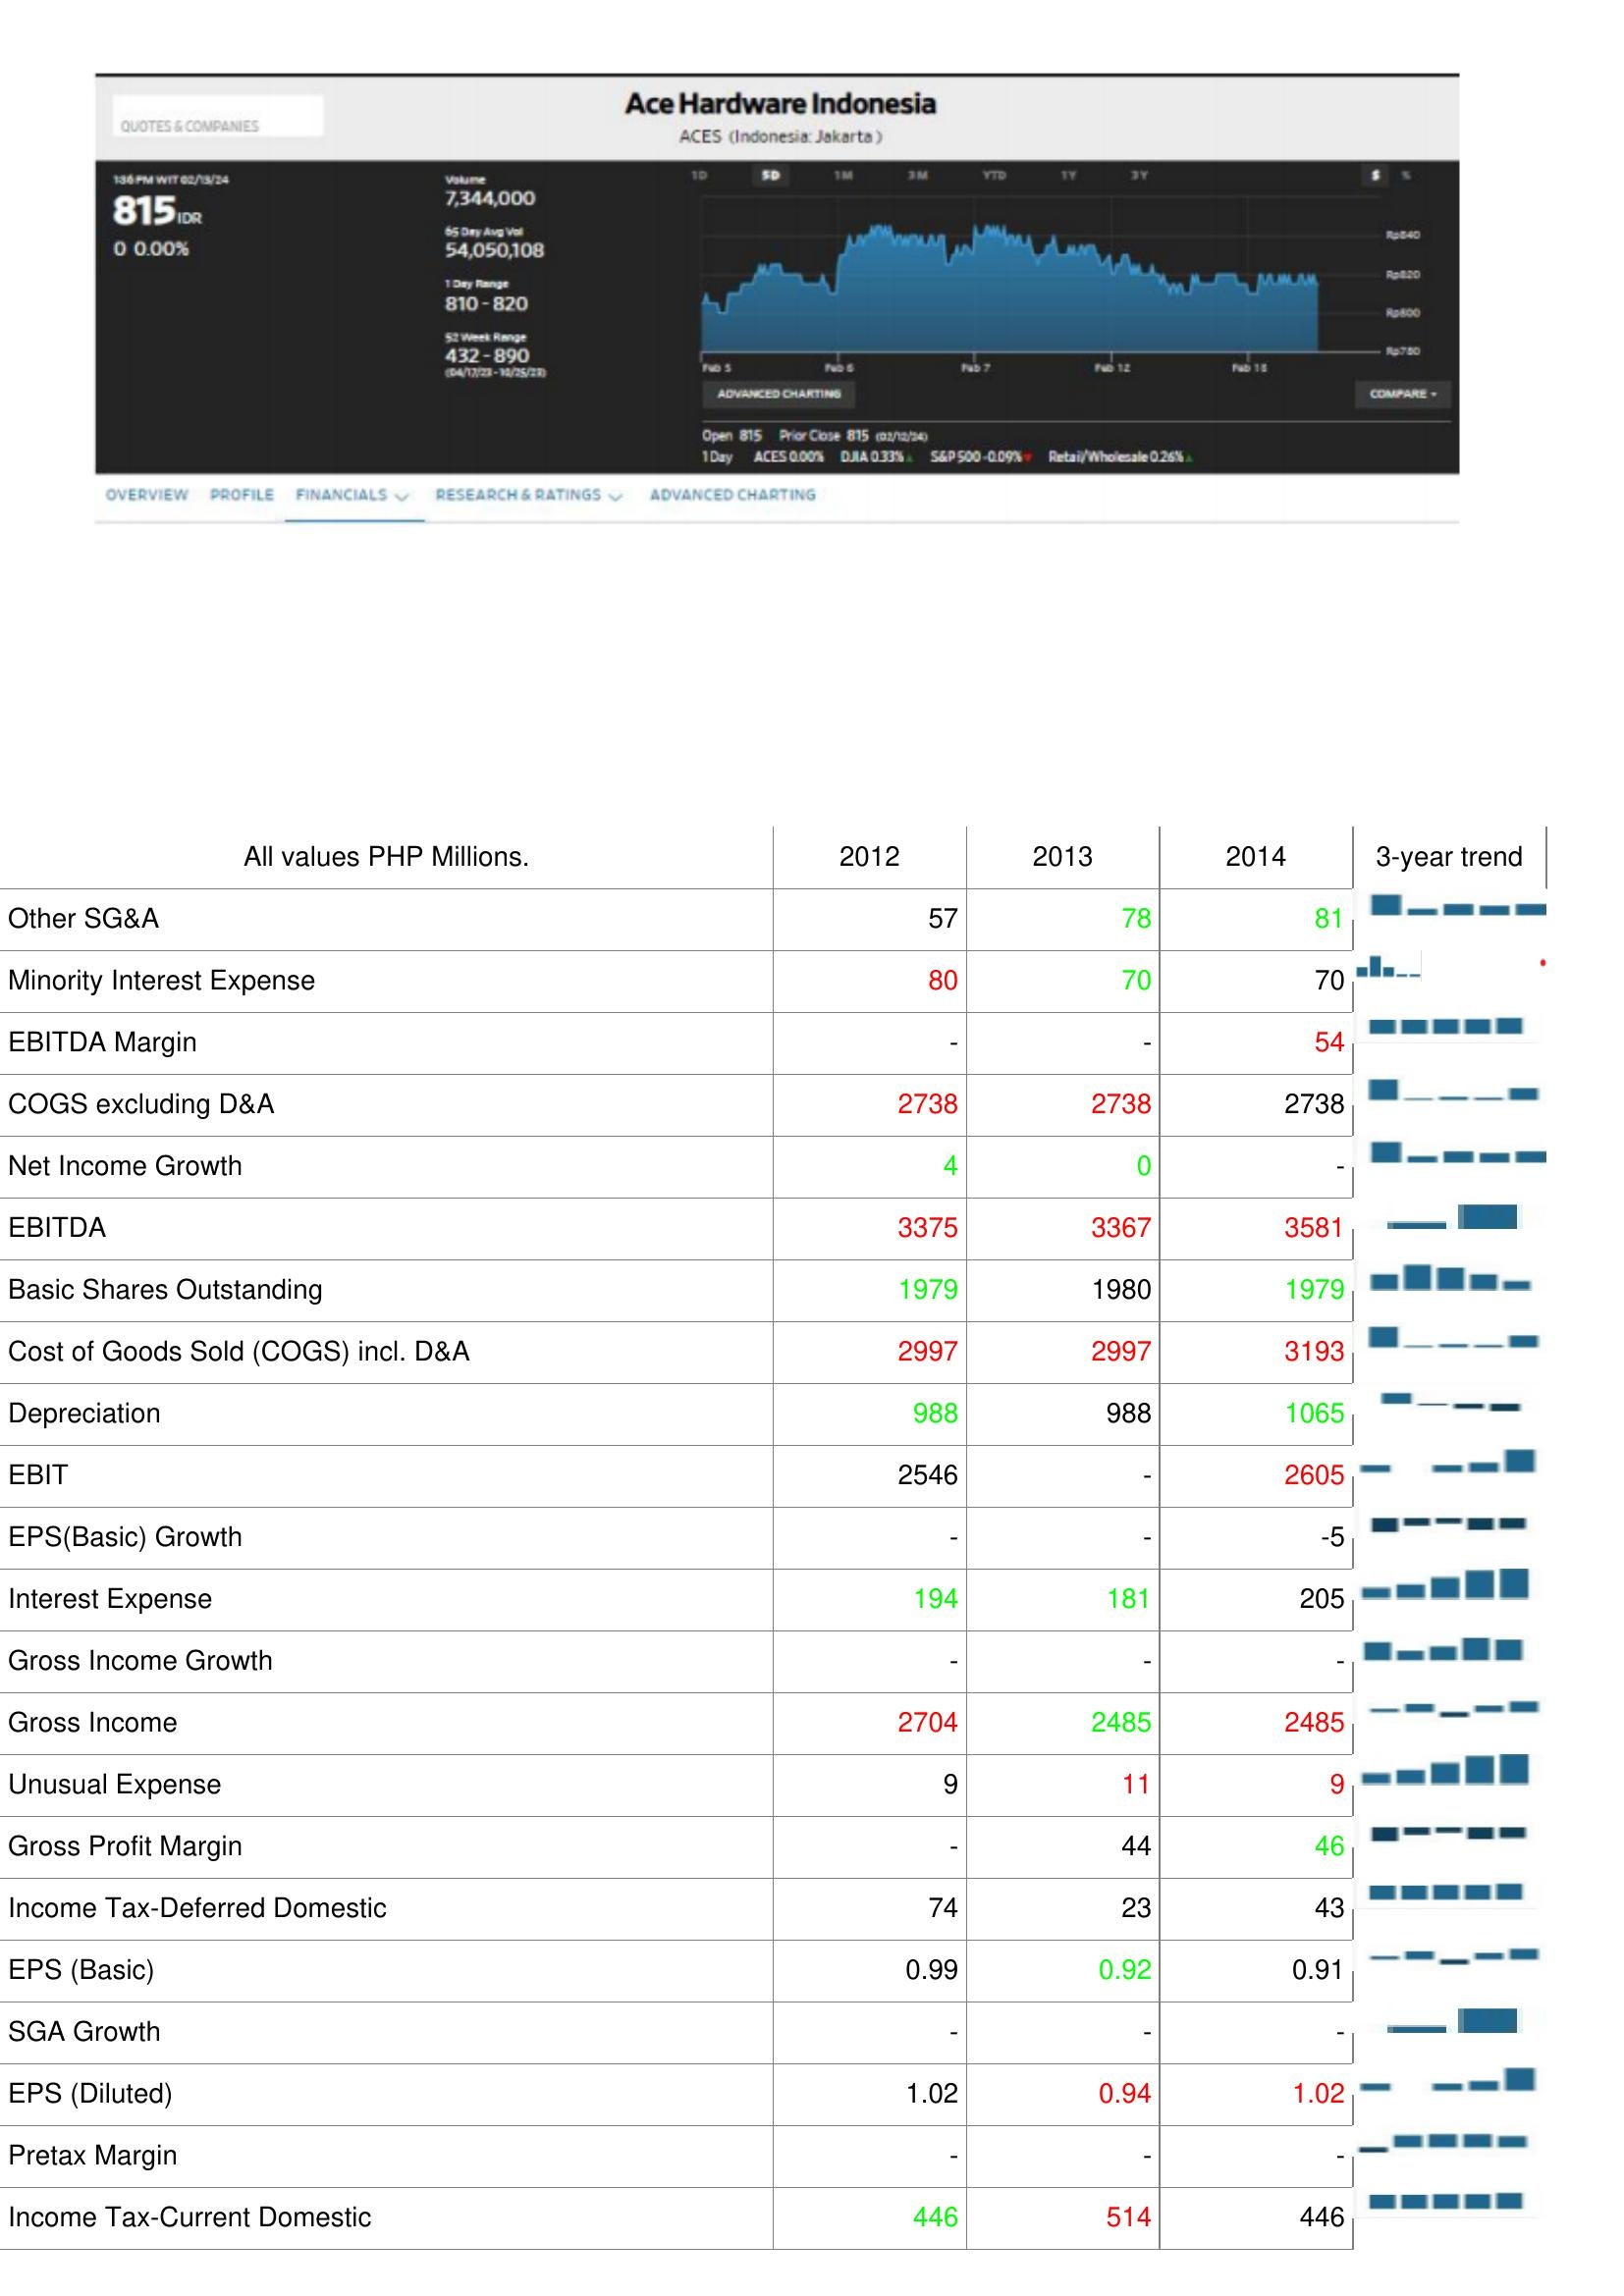
2012: : Other SG&A: 57
Minority Interest Expense: 80
EBITDA Margin: -
COGS excluding D&A: 2738
Net Income Growth: 4
EBITDA: 3375
Basic Shares Outstanding: 1979
Cost of Goods Sold (COGS) incl. D&A: 2997
Depreciation: 988
EBIT: 2546
EPS(Basic) Growth: -
Interest Expense: 194
Gross Income Growth: -
Gross Income: 2704
Unusual Expense: 9
Gross Profit Margin: -
Income Tax-Deferred Domestic: 74
EPS (Basic): 0.99
SGA Growth: -
EPS (Diluted): 1.02
Pretax Margin: -
Income Tax-Current Domestic: 446
2013: : Other SG&A: 78
Minority Interest Expense: 70
EBITDA Margin: -
COGS excluding D&A: 2738
Net Income Growth: 0
EBITDA: 3367
Basic Shares Outstanding: 1980
Cost of Goods Sold (COGS) incl. D&A: 2997
Depreciation: 988
EBIT: -
EPS(Basic) Growth: -
Interest Expense: 181
Gross Income Growth: -
Gross Income: 2485
Unusual Expense: 11
Gross Profit Margin: 44
Income Tax-Deferred Domestic: 23
EPS (Basic): 0.92
SGA Growth: -
EPS (Diluted): 0.94
Pretax Margin: -
Income Tax-Current Domestic: 514
2014: : Other SG&A: 81
Minority Interest Expense: 70
EBITDA Margin: 54
COGS excluding D&A: 2738
Net Income Growth: -
EBITDA: 3581
Basic Shares Outstanding: 1979
Cost of Goods Sold (COGS) incl. D&A: 3193
Depreciation: 1065
EBIT: 2605
EPS(Basic) Growth: -5
Interest Expense: 205
Gross Income Growth: -
Gross Income: 2485
Unusual Expense: 9
Gross Profit Margin: 46
Income Tax-Deferred Domestic: 43
EPS (Basic): 0.91
SGA Growth: -
EPS (Diluted): 1.02
Pretax Margin: -
Income Tax-Current Domestic: 446